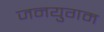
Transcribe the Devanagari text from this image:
जनयुगम